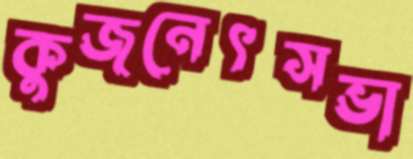
কুজনেৎসভা